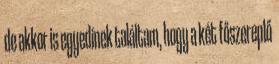
de akkor is egyedinek találtam, hogy a két főszereplő